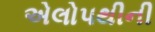
એલોપથીની